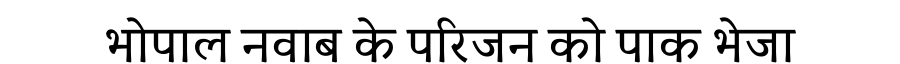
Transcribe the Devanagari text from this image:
भोपाल नवाब के परिजन को पाक भेजा